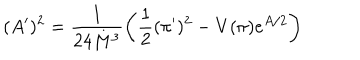
( A ^ { \prime } ) ^ { 2 } = \frac { 1 } { 2 4 M ^ { 3 } } \left( \frac { 1 } { 2 } ( \pi ^ { \prime } ) ^ { 2 } - V ( \pi ) e ^ { A / 2 } \right)